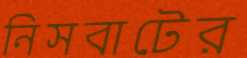
নিসবাটের